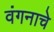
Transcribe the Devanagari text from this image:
वंगनाचे